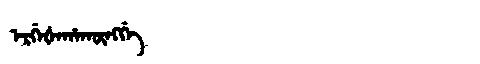
Manchu: ᡝᡵᡤᡝᡧᡝᡥᠠᡴᡡᠩᡤᡝ
Romanization: ERGEŠEHAKŪNGGE